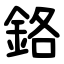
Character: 鉻